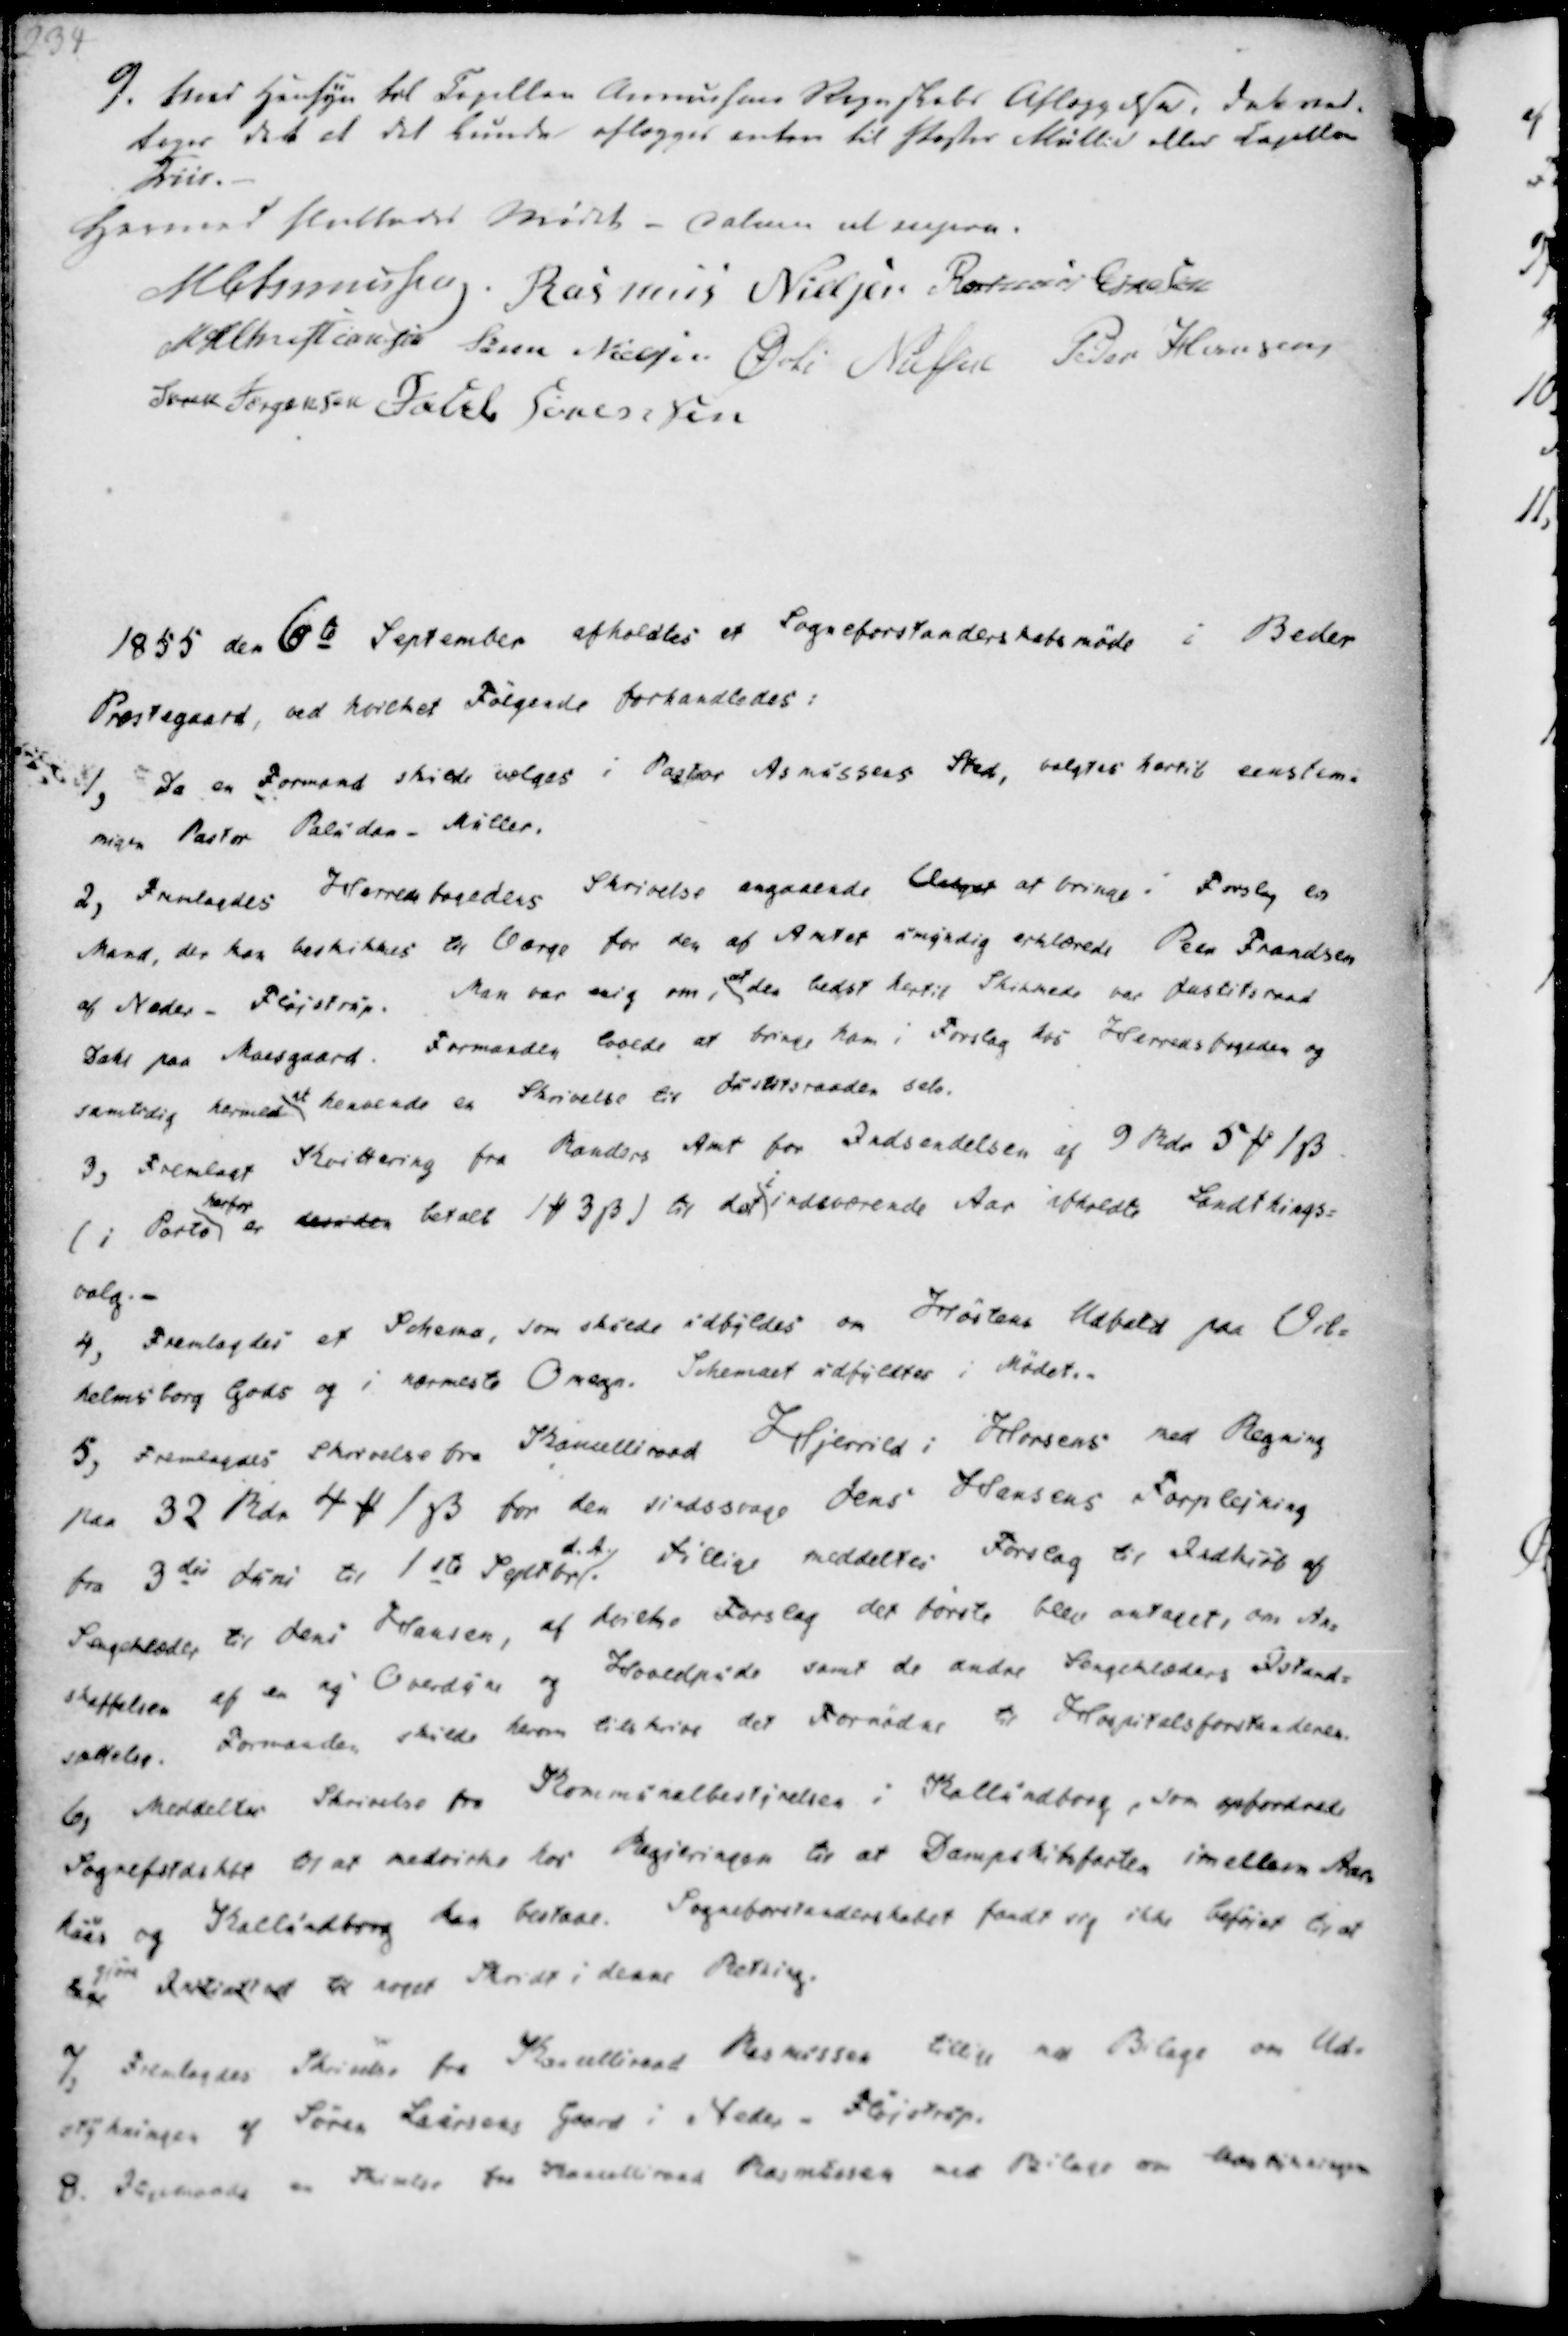
Transskription:
9. Med Hensyn til Capellan Asmussen Regnskabs Aflæggelse, dat ved-
toges det at det kunde aflægges enten til Pastor Müller eller Capellan
Friis.

Hermed sluttedes Mødet - datum ut supra.
M Asmussen.
Rasmus Nielsen
Rasmus Eskesen
M H Christiansen
Søren Nielsen
Øvli Nielsen
Peder Hansen
Søren Jørgensen
Jacob Sørensen

1855 den 6te September afholdtes et Sogneforstanderskabsmøde i Beder
Præstegaard, ved hvilket Følgende forhandledes:

1, Da en Formand skulde vælges i Pastor Asmussens Sted, valgtes hertil eenstemi-
migen Pastor Paludan-Müller.
2, Fremlagdes Herredfogedens Skrivelse angaaende Asbyes at bringe i Forslag en
Mand, der kan beskikkes at Værge for den af Amtet angedig erklærede Peter Frandsen
af Neder - Fløjstrup. Man var enig om, at den bedst hertil Skikkede var Justitsraad
Dahl paa Moesgaard. Formanden lovede at bringe ham i Forslag hos Herredsfogeden og
samtidig hermed at henvende en Skrivelse til Distriktsraaden selv.
3, Fremlagt Kvittering fra Randers Amt for Indsendelsen af 9 Rdr 5 ₻ 1 ẞ.
(i Porto
herfor
er deriden betalt 1 ₻ 3 ẞ) til det i indeværende Aar afholdte Landthings-
valg.

4, Fremlagdes et Schema, som skulde udfyldes om Høstens Udbeld paa Vil-
helmsborg Gods og i nærmeste Omegn. Schemaet udfyldtes i Mødet.
5, Fremlagdes Skrivelse fra Kancelliraad Hjerrild i Horrsens med Regning
paa 32 Rdr 4 ₻ 1 ẞ for den sindssvage Jens Hansens Forplejning
fra 3die Juni til 1ste Septbr.
d.A.
tillige meddeltes Forslag til Indkiøb af
Sengeklæder til Jens Hansen, af hvilke Forslag det første blev antaget, om An-
skaffelsen af en ny Overdyne og Hovedpude samt de andre Sengeklæders Istand-
sættelse. Formanden skulde herom tilskrive det Fornødne til Hospitalsforstanderen.

6, Meddeltes Skrivelse fra Kommunalbestyrelsen i Kallundborg, som opfordrede
Sognefstaskbt til at medvirke for Regieringen til at Dampskibsfarten imellem Aar-
hus og Kallundborg kan bestaae. Sogneforstanderskabet fandt sig ikke beføiet til at
tage
gjøre
Irtidlast til noget Skridt i denne Retning.
7, Fremlagdes Skrivelse fra Kancelliraad Rasmussen tillige en Bilage om Ud-
stykningen af Søren Laursens Gaard i Neder - Fløjstrup.
8. Dermaade en Skrivelse fra Kancelliraad Rasmussen med Bilage om Indstillingen